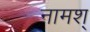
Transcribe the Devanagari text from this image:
नामश्